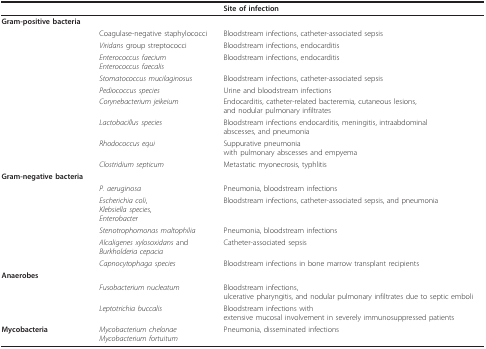
<table><thead><tr><td></td><td></td><td><b>Site of infection</b></td></tr></thead><tbody><tr><td><b>Gram-positive bacteria</b></td><td></td><td></td></tr><tr><td></td><td>Coagulase-negative staphylococci</td><td>Bloodstream infections, catheter-associated sepsis</td></tr><tr><td></td><td><i>Viridans </i>group streptococci</td><td>Bloodstream infections, endocarditis</td></tr><tr><td></td><td><i>Enterococcus faecium</i><i>Enterococcus faecalis</i></td><td>Bloodstream infections, endocarditis</td></tr><tr><td></td><td><i>Stomatococcus mucilaginosus</i></td><td>Bloodstream infections, catheter-associated sepsis</td></tr><tr><td></td><td><i>Pediococcus species</i></td><td>Urine and bloodstream infections</td></tr><tr><td></td><td><i>Corynebacterium jeikeium</i></td><td>Endocarditis, catheter-related bacteremia, cutaneous lesions,and nodular pulmonary infiltrates</td></tr><tr><td></td><td><i>Lactobacillus species </i></td><td>Bloodstream infections endocarditis, meningitis, intraabdominalabscesses, and pneumonia</td></tr><tr><td></td><td><i>Rhodococcus equi</i></td><td>Suppurative pneumoniawith pulmonary abscesses and empyema</td></tr><tr><td></td><td><i>Clostridium septicum</i></td><td>Metastatic myonecrosis, typhlitis</td></tr><tr><td><b>Gram-negative bacteria</b></td><td></td><td></td></tr><tr><td></td><td><i>P. aeruginosa</i></td><td>Pneumonia, bloodstream infections</td></tr><tr><td></td><td><i>Escherichia coli</i>,<i>Klebsiella species</i>,<i>Enterobacter</i></td><td>Bloodstream infections, catheter-associated sepsis, and pneumonia</td></tr><tr><td></td><td><i>Stenotrophomonas maltophilia</i></td><td>Pneumonia, bloodstream infections</td></tr><tr><td></td><td><i>Alcaligenes xylosoxidans </i>and<i>Burkholderia cepacia</i></td><td>Catheter-associated sepsis</td></tr><tr><td></td><td><i>Capnocytophaga species</i></td><td>Bloodstream infections in bone marrow transplant recipients</td></tr><tr><td><b>Anaerobes</b></td><td></td><td></td></tr><tr><td></td><td><i>Fusobacterium nucleatum </i></td><td>Bloodstream infections,ulcerative pharyngitis, and nodular pulmonary infiltrates due to septic emboli</td></tr><tr><td></td><td><i>Leptotrichia buccalis</i></td><td>Bloodstream infections withextensive mucosal involvement in severely immunosuppressed patients</td></tr><tr><td><b>Mycobacteria</b></td><td><i>Mycobacterium chelonae</i><i>Mycobacterium fortuitum</i></td><td>Pneumonia, disseminated infections</td></tr></tbody></table>